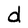
Character: d